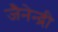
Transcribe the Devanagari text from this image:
जैनेन्द्री